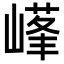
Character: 𡻹